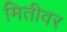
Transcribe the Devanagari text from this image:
मितीवर